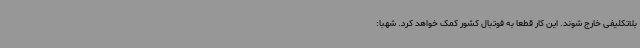
بلاتکلیفی خارج شوند. این کار قطعا به فوتبال کشور کمک خواهد کرد. شهبا:‌